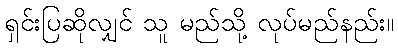
ရှင်းပြဆိုလျှင် သူ မည်သို့ လုပ်မည်နည်း။